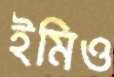
ইমিও